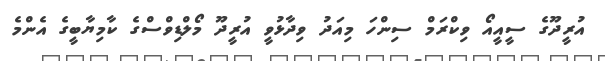
އުރީދޫގެ ސީއީއޯ ވިކްރަމް ސިންހަ މިއަދު ވިދާޅުވީ އުރީދޫ މޯލްޑިވްސްގެ ކާމިޔާބީގެ އެންމެ